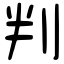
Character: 判